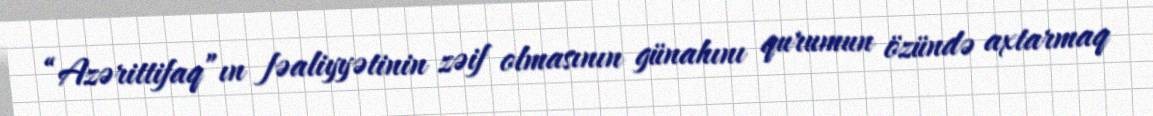
“Azərittifaq”ın fəaliyyətinin zəif olmasının günahını qurumun özündə axtarmaq